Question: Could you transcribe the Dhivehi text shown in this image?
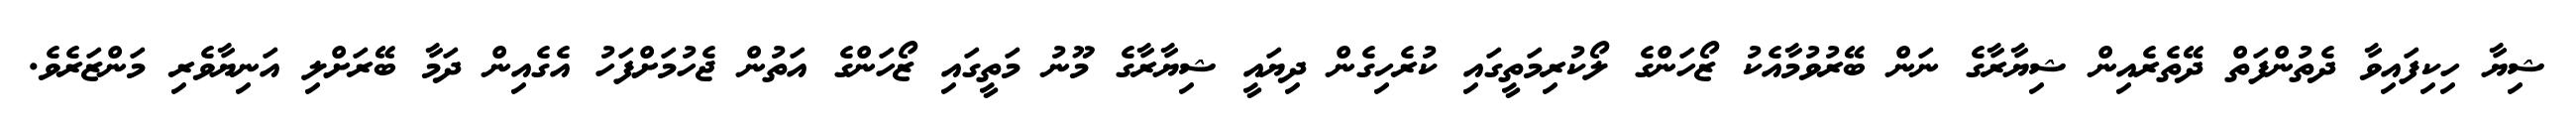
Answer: ޝިޔާ ހިކިފައިވާ ދެތުންފަތް ދޭތެރެއިން ޝިޔާރާގެ ނަން ބޭރުވުމާއެކު ޒޯހަންގެ ލޯކުރިމަތީގައި ކުރެހިގެން ދިޔައީ ޝިޔާރާގެ މޫނު މަތީގައި ޒޯހަންގެ އަތުން ޖެހުމަށްފަހު އެގެއިން ދަމާ ބޭރަށްލި އަނިޔާވެރި މަންޒަރެވެ.